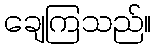
ချေကြသည်။